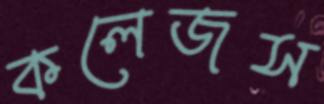
কলেজস